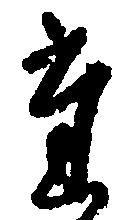
た